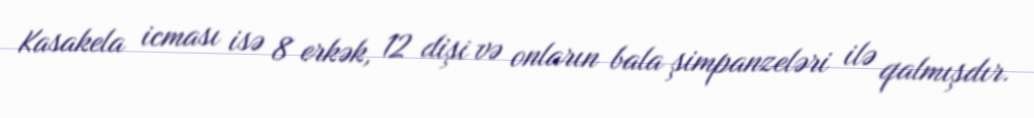
Kasakela icması isə 8 erkək, 12 dişi və onların bala şimpanzeləri ilə qalmışdır.